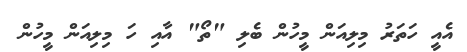
އެއީ ހަތަރު މިލިއަން މީހުން ބެލި "ތޯ" އާއި ހަ މިލިއަން މީހުން